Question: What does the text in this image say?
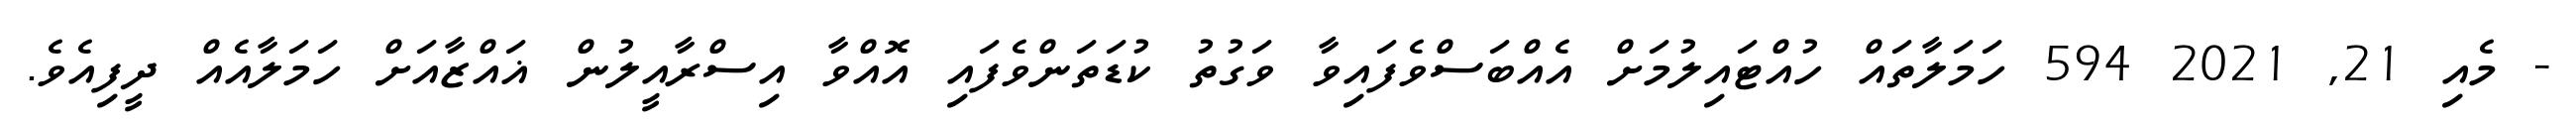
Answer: - މެއި 21, 2021 594 ހަމަލާތައް ހުއްޓައިލުމަށް އެއްބަސްވެފައިވާ ވަގުތު ކުޑަތަންވެފައި އޮއްވާ އިސްރާއީލުން ޣައްޒާއަށް ހަމަލާއެއް ދީފިއެވެ.